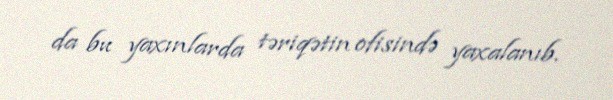
da bu yaxınlarda təriqətin ofisində yaxalanıb.